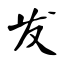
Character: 发